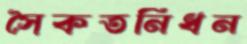
সৈকতনিধন